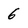
Character: 6